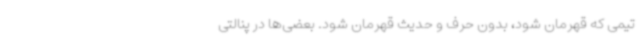
تیمی که قهرمان شود، بدون حرف و حدیث قهرمان شود. بعضی‌ها در پنالتی